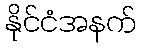
နိုင်ငံအနက်